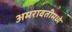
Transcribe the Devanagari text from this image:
अमरावतीमध्ये